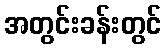
အတွင်းခန်းတွင်